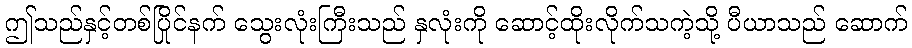
ဤသည်နှင့်တစ်ပြိုင်နက် သွေးလုံးကြီးသည် နှလုံးကို ဆောင့်ထိုးလိုက်သကဲ့သို့ ပီယာသည် ဆောက်